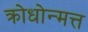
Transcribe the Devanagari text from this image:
क्रोधोन्मत्त